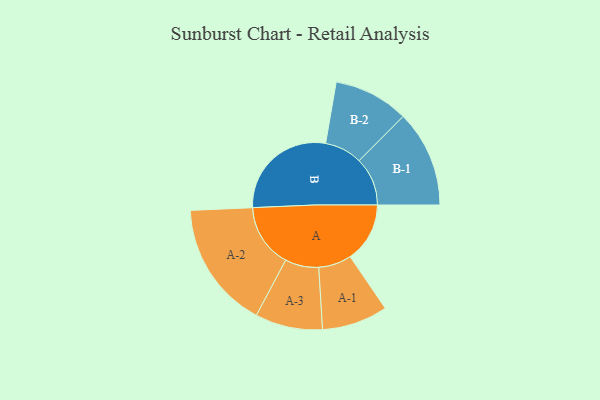
{"axis": {"x": "Segment", "y": "Value"}, "legend": ["", "A", "B"], "data": [{"x": "A", "y": 248, "type": ""}, {"x": "B", "y": 455, "type": ""}, {"x": "A-1", "y": 137, "type": "A"}, {"x": "A-2", "y": 265, "type": "A"}, {"x": "A-3", "y": 140, "type": "A"}, {"x": "B-1", "y": 201, "type": "B"}, {"x": "B-2", "y": 156, "type": "B"}]}